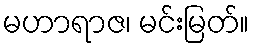
မဟာရာဇ၊ မင်းမြတ်။